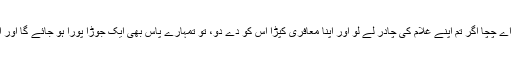
عبادہ نے کہا کہ میں نے ان سے کہا کہ اے چچا اگر تم اپنے غلام کی چادر لے لو اور اپنا معافری کپڑا اس کو دے دو، تو تمہارے پاس بھی ایک جوڑا پورا ہو جائے گا اور اس کے پاس بھی ایک جوڑا ہو جائے گا۔